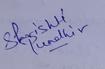
Signature authenticity: genuine